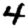
Digit: 4